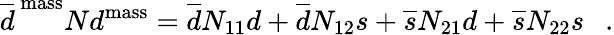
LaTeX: \overline{{d}}^{\mathrm{\, mass}}Nd^{\mathrm{mass}}=\overline{{d}}N_{11}d+\overline{{d}}N_{12}s+\overline{{s}}N_{21}d+\overline{{s}}N_{22}s~~~.